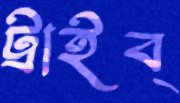
ট্রাইব্